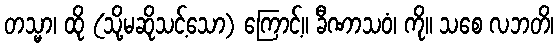
တသ္မာ၊ ထို (သို့မဆိုသင့်သော) ကြောင့်။ ခီဏာသဝံ၊ ကို။ သစေ လဘတိ၊